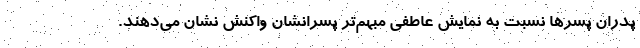
پدران پسرها نسبت به نمایش عاطفی مبهم‌تر پسرانشان واکنش نشان می‌دهند.